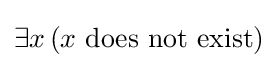
\exists x\,(x{\text{ does not exist}})